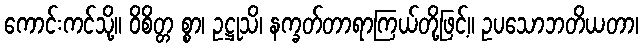
ကောင်းကင်သို့။ ဝိစိတ္တ စ္စာ၊ ဥဋ္ဌုသိ၊ နက္ခတ်တာရာကြယ်တို့ဖြင့်။ ဥပသောဘတိယတာ၊